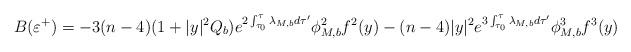
LaTeX: \begin{align*} B(\varepsilon^+)= - 3(n-4) (1+ |y|^2 Q_b) e^{2\int_{\tau_0}^\tau \lambda_{M,b} d\tau'} \phi_{M,b}^2 f^2(y)- (n-4) |y|^2 e^{3\int_{\tau_0}^\tau \lambda_{M,b} d\tau'} \phi_{M,b}^3 f^3(y) \end{align*}